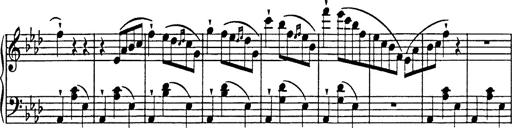
Title: Feuilles d'Album
Composer: Percy Godfrey